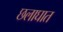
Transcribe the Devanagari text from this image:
छलाघात